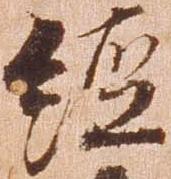
経